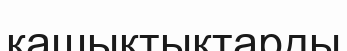
қашықтықтарды